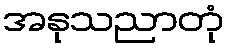
အနုသညာတုံ